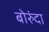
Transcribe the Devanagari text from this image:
बोरुंदा